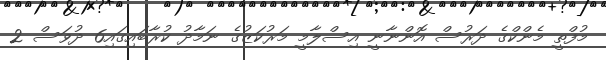
މުފްތީ މެންކްގެ ދަރުސް އޮންނާނީ އިސްލާމީ މަރުކަޒުގެ ނަމާދު ކުރާބައިގައި6 ދުވަސް 2